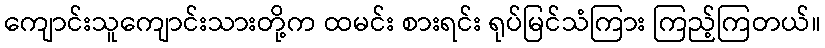
ကျောင်းသူကျောင်းသားတို့က ထမင်း စားရင်း ရုပ်မြင်သံကြား ကြည့်ကြတယ်။